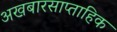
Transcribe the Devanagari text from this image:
अखबारसाप्ताहिक